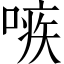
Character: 𠹋